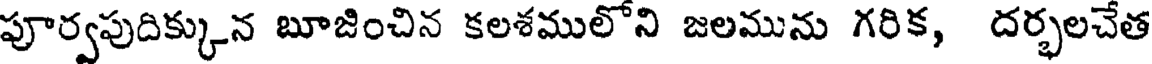
పూర్వపుదిక్కున బూజించిన కలశములోని జలమును గరిక, దర్భలచేత